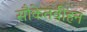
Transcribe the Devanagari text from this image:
सौकेतवीहन